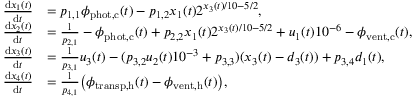
\begin{array} { r l } { \frac { \mathrm { d } x _ { 1 } ( t ) } { \mathrm { d } t } } & { = p _ { 1 , 1 } \phi _ { \mathrm { p h o t , c } } ( t ) - p _ { 1 , 2 } x _ { 1 } ( t ) 2 ^ { x _ { 3 } ( t ) / 1 0 - 5 / 2 } , } \\ { \frac { \mathrm { d } x _ { 2 } ( t ) } { \mathrm { d } t } } & { = \frac { 1 } { p _ { 2 , 1 } } - \phi _ { \mathrm { p h o t , c } } ( t ) + p _ { 2 , 2 } x _ { 1 } ( t ) 2 ^ { x _ { 3 } ( t ) / 1 0 - 5 / 2 } + u _ { 1 } ( t ) 1 0 ^ { - 6 } - \phi _ { \mathrm { v e n t , c } } ( t ) , } \\ { \frac { \mathrm { d } x _ { 3 } ( t ) } { \mathrm { d } t } } & { = \frac { 1 } { p _ { 3 , 1 } } u _ { 3 } ( t ) - ( p _ { 3 , 2 } u _ { 2 } ( t ) 1 0 ^ { - 3 } + p _ { 3 , 3 } ) ( x _ { 3 } ( t ) - d _ { 3 } ( t ) ) + p _ { 3 , 4 } d _ { 1 } ( t ) , } \\ { \frac { \mathrm { d } x _ { 4 } ( t ) } { \mathrm { d } t } } & { = \frac { 1 } { p _ { 4 , 1 } } \big ( \phi _ { \mathrm { t r a n s p , h } } ( t ) - \phi _ { \mathrm { v e n t , h } } ( t ) \big ) , } \end{array}